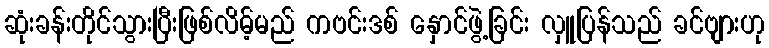
ဆုံးခန်းတိုင်သွားပြီးဖြစ်လိမ့်မည် ကဗင်းဒစ် နှောင်ဖွဲ့ခြင်း လှူပြန်သည် ခင်ဗျားဟု